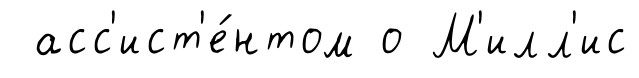
асс'ист'е́нтом о М'илл'ис